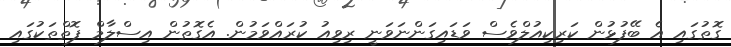
ގޮތުގައި އެ ބޭފުޅުން ކަރިކިއުލްވެސް ވަޑައިގަންނަވަނީ ރިވިއު ކުރައްވަމުން. އެގޮތުން އިސްލާމް ފޮތްތަކުގައި